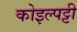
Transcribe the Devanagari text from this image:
कोइल्पट्टी